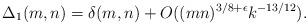
LaTeX: \begin{align*} \Delta_1(m,n)= \delta(m,n) +O((mn)^{3/8+\epsilon} k^{-13/12}).\end{align*}